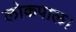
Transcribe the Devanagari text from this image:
लोकपाल।